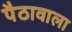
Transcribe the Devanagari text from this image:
पैठावाला